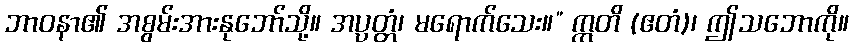
ဘာဝနာ၏ အစွမ်းအားနုဘော်သို့။ အပ္ပတ္တံ၊ မရောက်သေး။” ဣတိ (ဧတံ)၊ ဤသဘောကို။